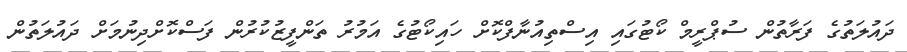
ދައުލަތުގެ ފަރާތުން ސުޕްރީމް ކޯޓުގައި އިސްތިއުނާފްކޮށް ހައިކޯޓުގެ އަމުރު ތަންފީޒުކުރުން ފަސްކޮށްދިނުމަށް ދައުލަތުން